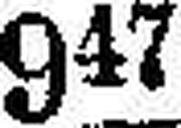
947